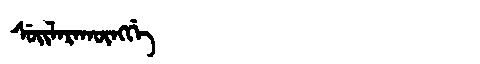
Manchu: ᠰᡠᡳᠯᠠᡵᠠᡴᡡᠩᡤᡝ
Romanization: SUILARAKŪNGGE